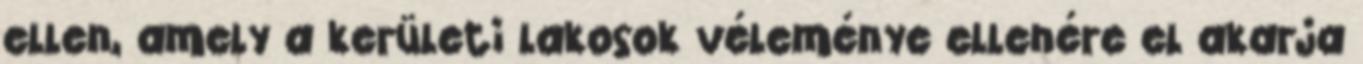
ellen, amely a kerületi lakosok véleménye ellenére el akarja